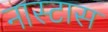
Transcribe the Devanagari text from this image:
नास्टास